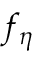
f _ { \eta }